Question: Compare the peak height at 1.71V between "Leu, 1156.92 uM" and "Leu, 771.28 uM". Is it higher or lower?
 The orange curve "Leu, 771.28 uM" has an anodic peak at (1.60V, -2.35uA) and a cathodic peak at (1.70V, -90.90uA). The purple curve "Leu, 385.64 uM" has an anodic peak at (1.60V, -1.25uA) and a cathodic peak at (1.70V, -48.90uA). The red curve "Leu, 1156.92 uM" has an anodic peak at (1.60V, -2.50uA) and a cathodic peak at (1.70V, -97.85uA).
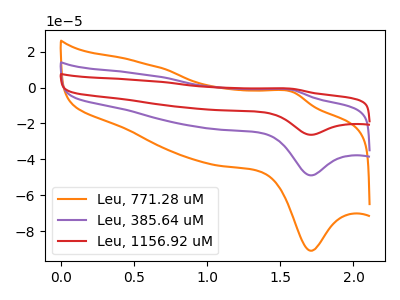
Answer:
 <answer>The peak at 1.71V is higher in "Leu, 1156.92 uM" than in "Leu, 771.28 uM".</answer>
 <eval>higher</eval>